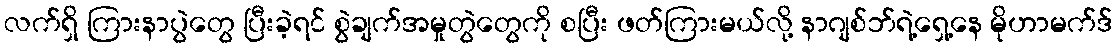
လက်ရှိ ကြားနာပွဲတွေ ပြီးခဲ့ရင် စွဲချက်အမှုတွဲတွေကို စပြီး ဖတ်ကြားမယ်လို့ နာဂျစ်ဘ်ရဲ့ရှေ့နေ မိုဟာမက်ဒ်